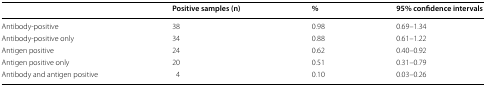
<table><thead><tr><td></td><td><b>Positive samples (n)</b></td><td><b>%</b></td><td><b>95% confidence intervals</b></td></tr></thead><tbody><tr><td>Antibody-positive</td><td>38</td><td>0.98</td><td>0.69–1.34</td></tr><tr><td>Antibody-positive only</td><td>34</td><td>0.88</td><td>0.61–1.22</td></tr><tr><td>Antigen positive</td><td>24</td><td>0.62</td><td>0.40–0.92</td></tr><tr><td>Antigen positive only</td><td>20</td><td>0.51</td><td>0.31–0.79</td></tr><tr><td>Antibody and antigen positive</td><td>4</td><td>0.10</td><td>0.03–0.26</td></tr></tbody></table>